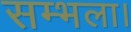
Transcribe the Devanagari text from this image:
सम्भला।